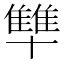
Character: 𪟻